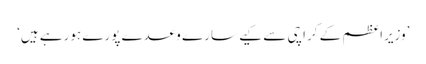
’وزیراعظم کے کراچی سے کیے سارے وعدے پورے ہورہے ہیں‘